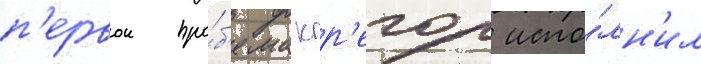
п'ервои про́б'е макгр'егор испо́лн'ил